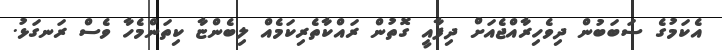
އެކަމުގެ ސަބަބުން ދިވެހިރާއްޖެއަށް ދިފާއީ ގޮތުން ރައްކާތެރިކަމެއް ލިބެންޏާ ކިތަންމެހާ ވެސް ރަނގަޅު.